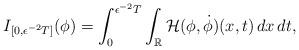
LaTeX: \begin{align*}I_{[0,\epsilon^{-2}T]}(\phi)=\int_0^{\epsilon^{-2}T}\int_{\mathbb R} \mathcal H(\phi,\dot{\phi})(x,t)\,dx\,dt,\end{align*}